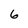
Character: 6